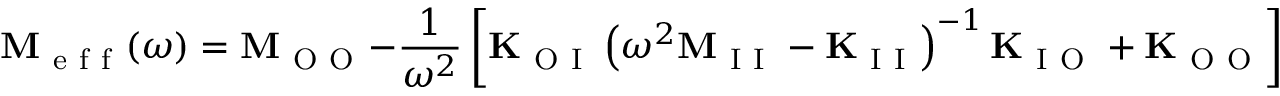
\mathbf { M } _ { \mathrm { ~ e ~ f ~ f ~ } } ( \omega ) = \mathbf { M } _ { \mathrm { ~ O ~ O ~ } } - \frac { 1 } { \omega ^ { 2 } } \left[ \mathbf { K } _ { \mathrm { ~ O ~ I ~ } } \left( \omega ^ { 2 } \mathbf { M } _ { \mathrm { ~ I ~ I ~ } } - \mathbf { K } _ { \mathrm { ~ I ~ I ~ } } \right) ^ { - 1 } \mathbf { K } _ { \mathrm { ~ I ~ O ~ } } + \mathbf { K } _ { \mathrm { ~ O ~ O ~ } } \right] \, ,